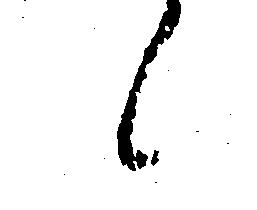
候